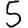
Digit: 5